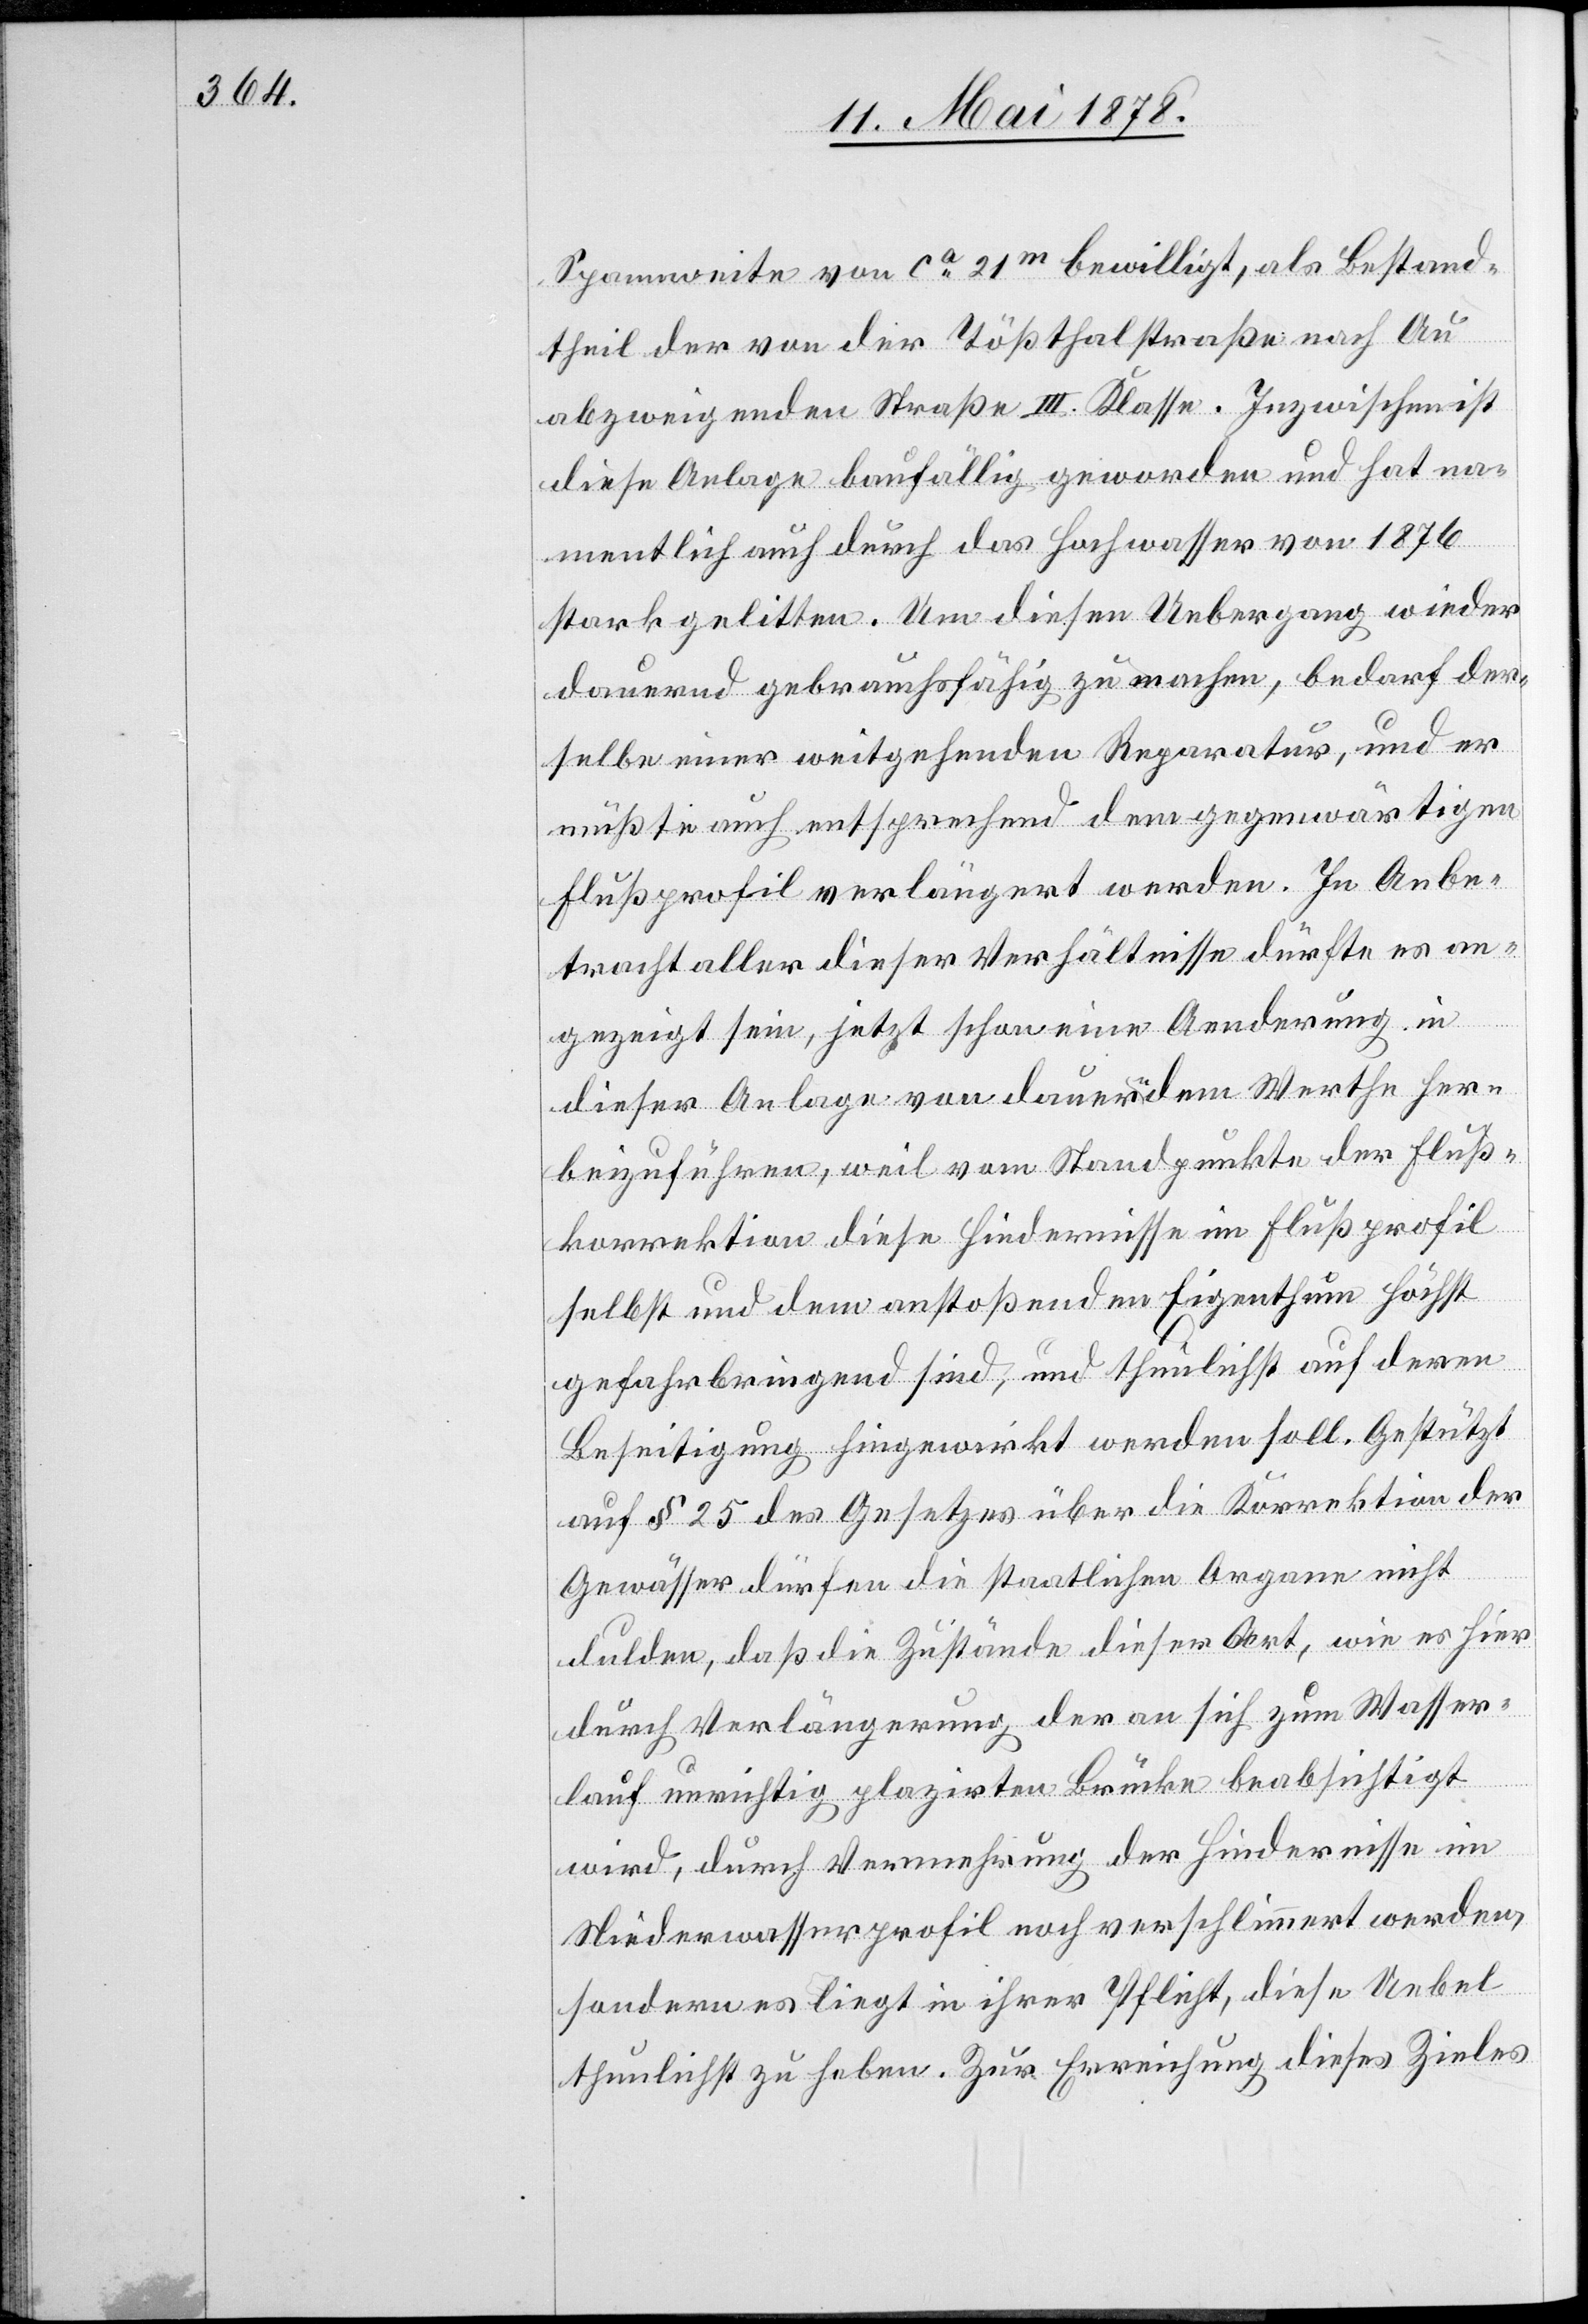
Spannweite von ca 21m bewilligt, als Bestand¬
theil der von der Tößthalstraße nach Au
abzweigenden Straße III. Klasse. Inzwischen ist
diese Anlage baufällig geworden und hat na¬
mentlich auch durch das Hochwasser von 1876
stark gelitten. Um diesen Uebergang wieder
dauernd gebrauchsfähig zu machen, bedarf der¬
selbe einer weitgehenden Reparatur, und er
müßte auch entsprechend dem gegenwärtigen
Flußprofil verlängert werden. In Anbe¬
tracht aller dieser Verhältnisse dürfte es an¬
gezeigt sein, jetzt schon eine Aenderung in
dieser Anlage von dauerndem Werthe her¬
beizuführen, weil vom Standpunkte der Fluß¬
korrektion diese Hindernisse im Flußprofil
selbst und dem anstoßenden Eigenthum höchst
gefahrbringend sind, und thunlichst auf deren
Beseitigung hingewirkt werden soll. Gestützt
auf § 25 des Gesetzes über die Korrektion der
Gewässer dürfen die staatlichen Organe nicht
dulden, daß die Zustände dieser Art, wie es hier
durch Verlängerung der an sich zum Wasser¬
lauf unrichtig plazirten Brücke beabsichtigt
wird, durch Vermehrung der Hindernisse im
Niederwasserprofil noch verschlimmert werden,
sondern es liegt in ihrer Pflicht, diese Uebel
thunlichst zu heben. Zur Erreichung dieses Zieles